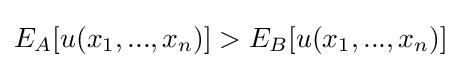
E_{A}[u(x_{1},...,x_{n})]>E_{B}[u(x_{1},...,x_{n})]